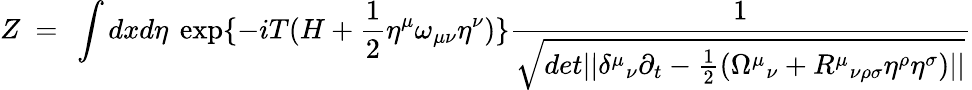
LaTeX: Z~=~\int dxd\eta\ \exp\{ -iT(H+\frac{1}{2}\eta^{\mu}\omega_{\mu\nu}\eta^{\nu})\} {\frac{1}{\sqrt{det||{\delta^{\mu}}_{\nu}\partial_{t}-\frac{1}{2}({\Omega^{\mu}}_{\nu}+{R^{\mu}}_{\nu\rho\sigma}\eta^{\rho}\eta^{\sigma})||}}}